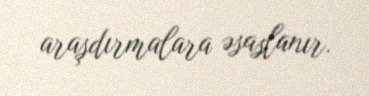
araşdırmalara əsaslanır.